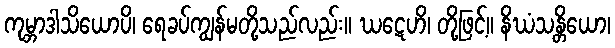
ကုမ္ဘာဒါသိယောပိ၊ ရေခပ်ကျွန်မတို့သည်လည်း။ ဃဋေဟိ၊ တို့ဖြင့်။ နိဃံသန္တိယော၊